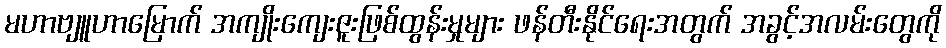
မဟာဗျူဟာမြောက် အကျိုးကျေးဇူးဖြစ်ထွန်းမှုများ ဖန်တီးနိုင်ရေးအတွက် အခွင့်အလမ်းတွေကို